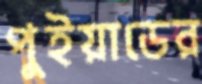
পুইয়াডের